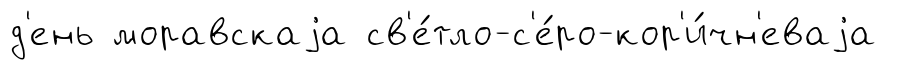
д'ень моравскаjа св'е́тло-с'е́ро-кор'и́чн'еваjа